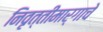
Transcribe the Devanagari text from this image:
निवृत्तीमार्गाचे